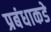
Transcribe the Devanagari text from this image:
प्रबंधाकडे